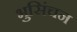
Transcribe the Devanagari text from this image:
भुसिंचन